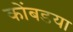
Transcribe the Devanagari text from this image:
कोंबडया